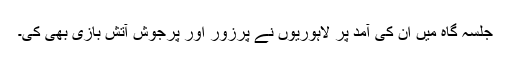
جلسہ گاہ میں ان کی آمد پر لاہوریوں نے پُرزور اور پُرجوش آتش بازی بھی کی۔